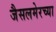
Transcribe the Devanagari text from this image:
जैसलमेरच्या